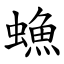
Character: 䗨